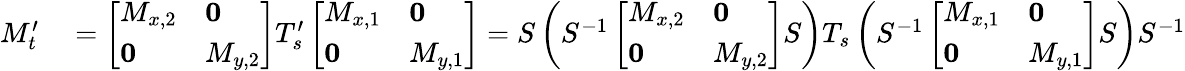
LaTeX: \begin{array}{rl}{M_{t}^{\prime}}&{{}=\left[\begin{array}{ll}{M_{x,2}}&{\mathbf{0}}\\ {\mathbf{0}}&{M_{y,2}}\end{array}\right]T_{s}^{\prime}\left[\begin{array}{ll}{M_{x,1}}&{\mathbf{0}}\\ {\mathbf{0}}&{M_{y,1}}\end{array}\right]=S\left(S^{-1}\left[\begin{array}{ll}{M_{x,2}}&{\mathbf{0}}\\ {\mathbf{0}}&{M_{y,2}}\end{array}\right]S\right)T_{s}\left(S^{-1}\left[\begin{array}{ll}{M_{x,1}}&{\mathbf{0}}\\ {\mathbf{0}}&{M_{y,1}}\end{array}\right]S\right)S^{-1}}\end{array}